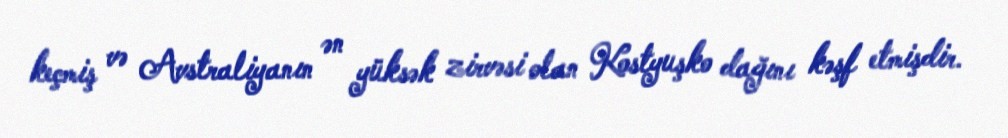
keçmiş və Avstraliyanın ən yüksək zirvəsi olan Kostyuşko dağını kəşf etmişdir.